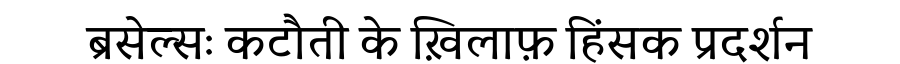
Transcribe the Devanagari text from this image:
ब्रसेल्सः कटौती के ख़िलाफ़ हिंसक प्रदर्शन